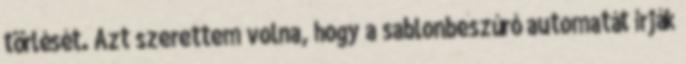
törlését. Azt szerettem volna, hogy a sablonbeszúró automatát írják